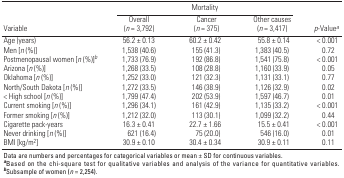
<table><thead><tr><td rowspan="2"><b>Variable</b></td><td colspan="3"><b>Mortality</b></td><td rowspan="2"><b><i>p</i>-Value<sup><i>a</i></sup></b></td></tr><tr><td><b>Overall (<i>n </i>= 3,792)</b></td><td><b>Cancer (<i>n </i>= 375)</b></td><td><b>Other causes (<i>n </i>= 3,417)</b></td></tr></thead><tbody><tr><td><b>Age (years)</b></td><td>56.2 ± 0.13</td><td>60.2 ± 0.42</td><td>55.8 ± 0.14</td><td>&lt; 0.001</td></tr><tr><td><b>Men [<i>n</i> (%)]</b></td><td>1,538 (40.6)</td><td>155 (41.3)</td><td>1,383 (40.5)</td><td>0.72</td></tr><tr><td><b>Post­menopausal women [<i>n</i> (%)]<sup><i>b</i></sup></b></td><td>1,733 (76.9)</td><td>192 (86.8)</td><td>1,541 (75.8)</td><td>&lt; 0.001</td></tr><tr><td><b>Arizona [<i>n</i> (%)]</b></td><td>1,268 (33.5)</td><td>108 (28.8)</td><td>1,160 (33.9)</td><td>0.05</td></tr><tr><td><b>Oklahoma [<i>n</i> (%)]</b></td><td>1,252 (33.0)</td><td>121 (32.3)</td><td>1,131 (33.1)</td><td>0.77</td></tr><tr><td><b>North/South Dakota [<i>n</i> (%)]</b></td><td>1,272 (33.5)</td><td>146 (38.9)</td><td>1,126 (32.9)</td><td>0.02</td></tr><tr><td><b>&lt; High school [<i>n</i> (%)]</b></td><td>1,799 (47.4)</td><td>202 (53.9)</td><td>1,597 (46.7)</td><td>0.01</td></tr><tr><td><b>Current smoking [<i>n</i> (%)]</b></td><td>1,296 (34.1)</td><td>161 (42.9)</td><td>1,135 (33.2)</td><td>&lt; 0.001</td></tr><tr><td><b>Former smoking [<i>n</i> (%)]</b></td><td>1,212 (32.0)</td><td>113 (30.1)</td><td>1,099 (32.2)</td><td>0.44</td></tr><tr><td><b>Cigarette pack-years</b></td><td>16.3 ± 0.41</td><td>22.7 ± 1.66</td><td>15.5 ± 0.41</td><td>&lt; 0.001</td></tr><tr><td><b>Never drinking [<i>n</i> (%)]</b></td><td>621 (16.4)</td><td>75 (20.0)</td><td>546 (16.0)</td><td>0.01</td></tr><tr><td><b>BMI [kg/m<sup>2</sup>]</b></td><td>30.9 ± 0.10</td><td>30.4 ± 0.34</td><td>30.9 ± 0.11</td><td>0.11</td></tr><tr><td colspan="5">Data are numbers and percentages for categorical variables or mean ± SD for continuous variables. <sup><i><b>a</b></i></sup>Based on the chi-square test for qualitative variables and analysis of the variance for quantitative variables. <sup><i><b>b</b></i></sup>Subsample of women (<i>n </i>= 2,254).</td></tr></tbody></table>